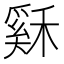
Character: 𥡙